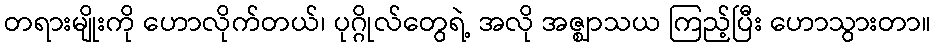
တရားမျိုးကို ဟောလိုက်တယ်၊ ပုဂ္ဂိုလ်တွေရဲ့ အလို အဇ္ဈာသယ ကြည့်ပြီး ဟောသွားတာ။